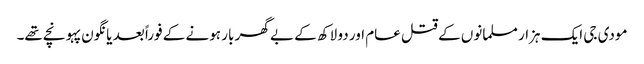
مودی جی ایک ہزار مسلمانوں کے قتل عام اور دو لاکھ کے بے گھر بار ہونے کے فوراً بعد یانگون پہونچے تھے۔